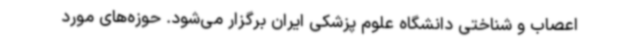
اعصاب و شناختی دانشگاه علوم پزشکی ایران برگزار می‌شود. حوزه‌های مورد